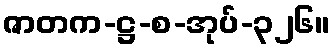
ဇာတက-ဋ္ဌ-စ-အုပ်-၃၂၆။